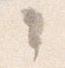
々